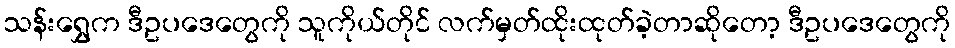
သန်းရွှေက ဒီဥပဒေတွေကို သူကိုယ်တိုင် လက်မှတ်ထိုးထုတ်ခဲ့တာဆိုတော့ ဒီဥပဒေတွေကို